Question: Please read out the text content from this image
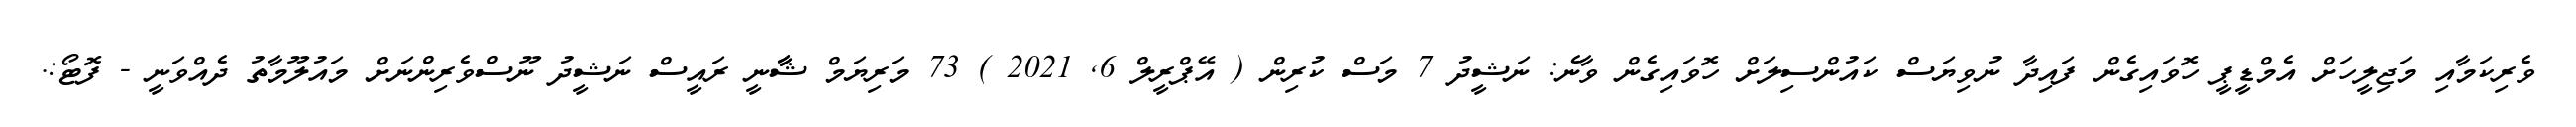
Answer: ވެރިކަމާއި މަޖިލީހަށް އެމްޑީޕީ ހޮވައިގެން ފައިދާ ނުވިޔަސް ކައުންސިލަށް ހޮވައިގެން ވާނެ: ނަޝީދު 7 މަސް ކުރިން ( އޭޕްރީލް 6, 2021 ) 73 މަރިޔަމް ޝާާނީ ރައީސް ނަޝީދު ނޫސްވެރިންނަށް މައުލޫމާތު ދެއްވަނީ - ފޮޓޯ:.